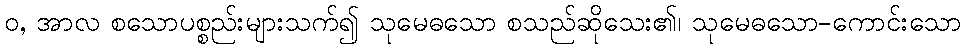
ဝ, အာလ စသောပစ္စည်းများသက်၍ သုမေဓသော စသည်ဆိုသေး၏၊ သုမေဓသော-ကောင်းသော